Annual report on the Civil Veterinary Department, Burma (including the Insein Veterinary School) - 1923-1931
Year: 1923
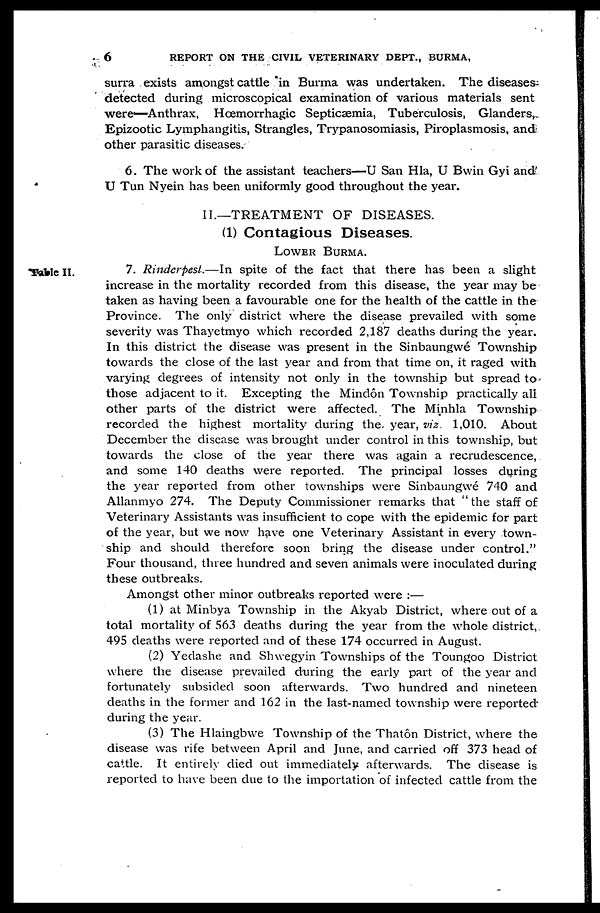
6
REPORT ON THE CIVIL VETERINARY DEPT., BURMA,
surra exists amongst cattle in Burma was undertaken. The diseases-
detected during microscopical examination of various materials sent
were—Anthrax, Hæmorrhagic Septicaemia, Tuberculosis, Glanders,
Epizootic Lymphangitis, Strangles, Trypanosomiasis, Piroplasmosis, and
other parasitic diseases.
6. The work of the assistant teachers—U San Hla, U Bwin Gyi and
U Tun Nyein has been uniformly good throughout the year.
II.—TREATMENT OF DISEASES.
(1) Contagious Diseases.
LOWER BURMA.
Table II.
7. Rinderpest.—In
spite of the fact that there has been a slight
increase in the mortality recorded from this disease, the year may be
taken as having been a favourable one for the health of the cattle in the
Province. The only district where the disease prevailed with some
severity was Thayetmyo which recorded 2,187 deaths during the year.
In this district the disease was present in the Sinbaungwé Township
towards the close of the last year and from that time on, it raged with
varying degrees of intensity not only in the township but spread to
those adjacent to it. Excepting the Mindôn Township practically all
other parts of the district were affected. The Minhla Township
recorded the highest mortality during the year, viz. 1,010. About
December the disease was brought under control in this township, but
towards the close of the year there was again a recrudescence,
and some 140 deaths were reported. The principal losses during
the year reported from other townships were Sinbaungwé 740 and
Allanmyo 274. The Deputy Commissioner remarks that "the staff of
Veterinary Assistants was insufficient to cope with the epidemic for part
of the year, but we now have one Veterinary Assistant in every town-
ship and should therefore soon bring the disease under control."
Four thousand, three hundred and seven animals were inoculated during
these outbreaks.
Amongst other minor outbreaks reported were :—
(1) at Minbya Township in the Akyab District, where out of a
total mortality of 563 deaths during the year from the whole district,
495 deaths were reported and of these 174 occurred in August.
(2) Yedashe and Shwegyin Townships of the Toungoo District
where the disease prevailed during the early part of the year and
fortunately subsided soon afterwards. Two hundred and nineteen
deaths in the former and 162 in the last-named township were reported
during the year.
(3) The Hlaingbwe Township of the Thatôn District, where the
disease was rife between April and June, and carried off 373 head of
cattle. It entirely died out immediately afterwards. The disease is
reported to have been due to the importation of infected cattle from the